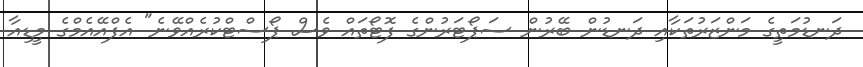
ދަނޑުމަތީގެ މަންޒަރުތަކާއި ދަނޑުން ބޭރުން ސަޕޯޓަރުންގެ ފޮޓޯތައް ވެސް ޕޯސްޓްކުރެއްވޭނެ" އެފްއޭއެމްގެ މީޑިއާ